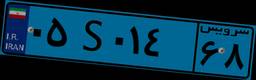
۰۵S۰۱۴۶۸